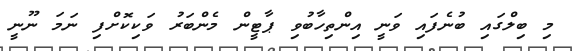
މި ބިލްގައި ބުނެފައި ވަނީ އިންތިހާބުވި ޕާޓީން މެންބަރު ވަކިކޮށްފި ނަމަ ނޫނީ